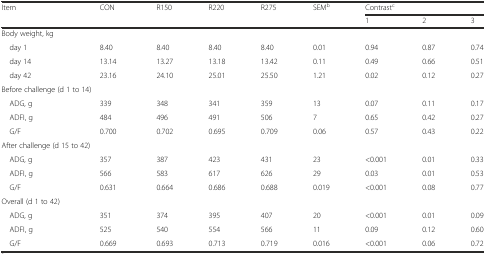
<table><thead><tr><td rowspan="2"><b>Item</b></td><td rowspan="2"><b>CON</b></td><td rowspan="2"><b>R150</b></td><td rowspan="2"><b>R220</b></td><td rowspan="2"><b>R275</b></td><td rowspan="2"><b>SEM<sup>b</sup></b></td><td colspan="3"><b>Contrast<sup>c</sup></b></td></tr><tr><td><b>1</b></td><td><b>2</b></td><td><b>3</b></td></tr></thead><tbody><tr><td>Body weight, kg</td><td></td><td></td><td></td><td></td><td></td><td></td><td></td><td></td></tr><tr><td> day 1</td><td>8.40</td><td>8.40</td><td>8.40</td><td>8.40</td><td>0.01</td><td>0.94</td><td>0.87</td><td>0.74</td></tr><tr><td> day 14</td><td>13.14</td><td>13.27</td><td>13.18</td><td>13.42</td><td>0.11</td><td>0.49</td><td>0.66</td><td>0.51</td></tr><tr><td> day 42</td><td>23.16</td><td>24.10</td><td>25.01</td><td>25.50</td><td>1.21</td><td>0.02</td><td>0.12</td><td>0.27</td></tr><tr><td colspan="2">Before challenge (d 1 to 14)</td><td></td><td></td><td></td><td></td><td></td><td></td><td></td></tr><tr><td> ADG, g</td><td>339</td><td>348</td><td>341</td><td>359</td><td>13</td><td>0.07</td><td>0.11</td><td>0.17</td></tr><tr><td> ADFI, g</td><td>484</td><td>496</td><td>491</td><td>506</td><td>7</td><td>0.65</td><td>0.42</td><td>0.27</td></tr><tr><td> G/F</td><td>0.700</td><td>0.702</td><td>0.695</td><td>0.709</td><td>0.06</td><td>0.57</td><td>0.43</td><td>0.22</td></tr><tr><td colspan="2">After challenge (d 15 to 42)</td><td></td><td></td><td></td><td></td><td></td><td></td><td></td></tr><tr><td> ADG, g</td><td>357</td><td>387</td><td>423</td><td>431</td><td>23</td><td>&lt;0.001</td><td>0.01</td><td>0.33</td></tr><tr><td> ADFI, g</td><td>566</td><td>583</td><td>617</td><td>626</td><td>29</td><td>0.03</td><td>0.01</td><td>0.53</td></tr><tr><td> G/F</td><td>0.631</td><td>0.664</td><td>0.686</td><td>0.688</td><td>0.019</td><td>&lt;0.001</td><td>0.08</td><td>0.77</td></tr><tr><td>Overall (d 1 to 42)</td><td></td><td></td><td></td><td></td><td></td><td></td><td></td><td></td></tr><tr><td> ADG, g</td><td>351</td><td>374</td><td>395</td><td>407</td><td>20</td><td>&lt;0.001</td><td>0.01</td><td>0.09</td></tr><tr><td> ADFI, g</td><td>525</td><td>540</td><td>554</td><td>566</td><td>11</td><td>0.09</td><td>0.12</td><td>0.60</td></tr><tr><td> G/F</td><td>0.669</td><td>0.693</td><td>0.713</td><td>0.719</td><td>0.016</td><td>&lt;0.001</td><td>0.06</td><td>0.72</td></tr></tbody></table>